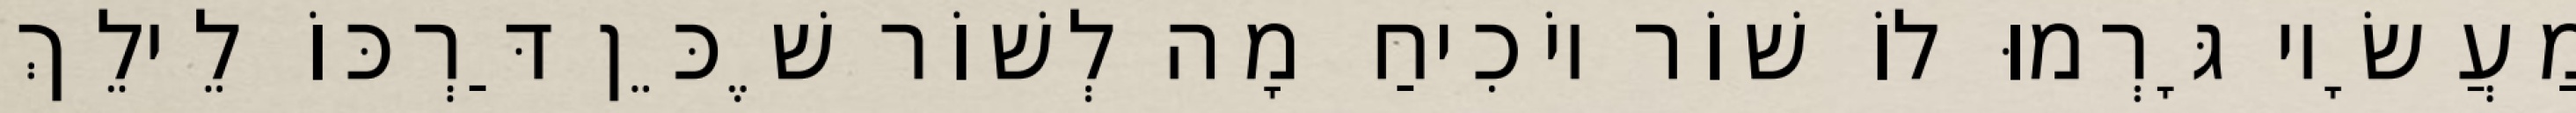
מַעֲשָׂיו גָּרְמוּ לוֹ שׁוֹר יוֹכִיחַ מָה לְשׁוֹר שֶׁכֵּן דַּרְכּוֹ לֵילֵךְ